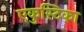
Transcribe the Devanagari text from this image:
एकुस्टिका